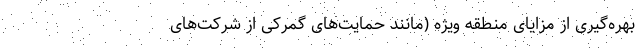
بهره‌گیری از مزایای منطقه ویژه (مانند حمایت‌های گمرکی از شرکت‌های